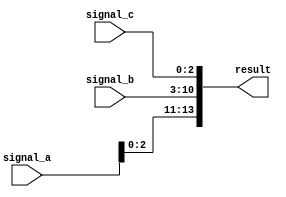
module concat_signals (
    input wire [3:0] signal_a,   // 4-bit input signal
    input wire [7:0] signal_b,   // 8-bit input signal
    input wire [2:0] signal_c,   // 3-bit input signal
    output wire [13:0] result     // 14-bit output vector
);

// Continuous assignment using concatenation
assign result = {signal_a, signal_b, signal_c}; // Concatenate signals

endmodule